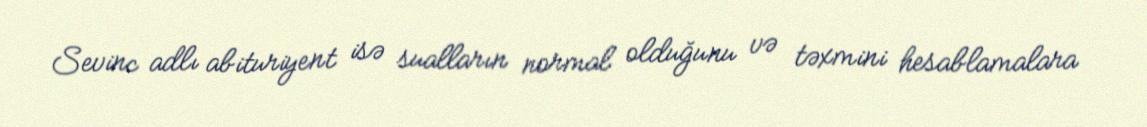
Sevinc adlı abituriyent isə sualların normal olduğunu və təxmini hesablamalara